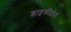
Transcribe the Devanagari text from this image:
डाइकीटोनों